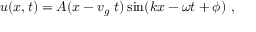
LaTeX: u ( x , t ) = A ( x - v _ { g } \ t ) \sin ( k x - \omega t + \phi ) \ ,